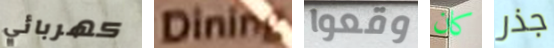
كهربائي Dining وقعوا كان جذر